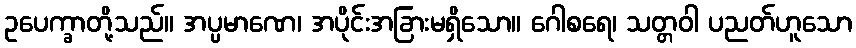
ဥပေက္ခာတို့သည်။ အပ္ပမာဏေ၊ အပိုင်းအခြားမရှိသော။ ဂေါစရေ၊ သတ္တဝါ ပညတ်ဟူသော